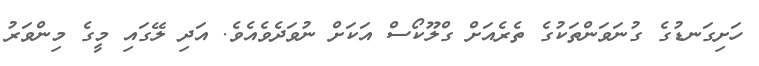
ހަށިގަނޑުގެ ގުނަވަންތަކުގެ ތެރެއަށް ގްލޫކޯސް އަކަށް ނުވަދެވެއެވެ. އަދި ލޭގައި މީގެ މިންވަރު